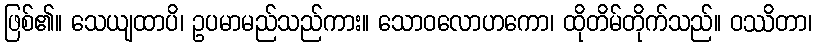
ဖြစ်၏။ သေယျထာပိ၊ ဥပမာမည်သည်ကား။ သောဝလောဟကော၊ ထိုတိမ်တိုက်သည်။ ဝဿိတာ၊